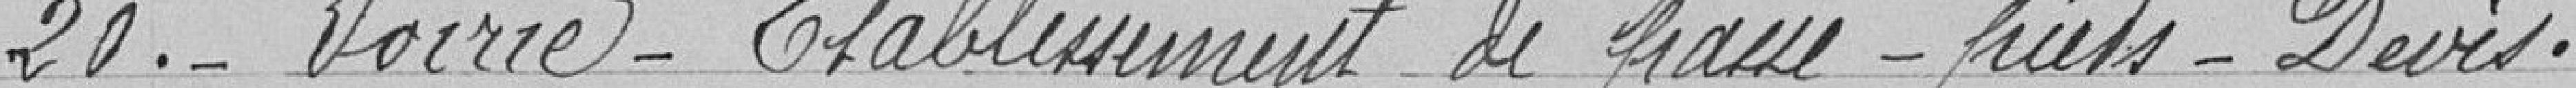
20. - Voirie - Etablissement de passe-pieds - Devis.